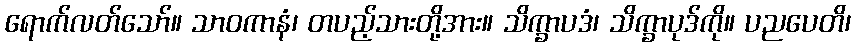
ရောက်လတ်သော်။ သာဝကာနံ၊ တပည့်သားတို့အား။ သိက္ခာပဒံ၊ သိက္ခာပုဒ်ကို။ ပညပေတိ၊